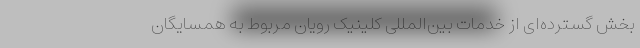
بخش گسترده‌ای از خدمات بین‌المللی کلینیک رویان مربوط به همسایگان